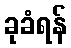
ခုခံရန်